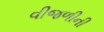
વીજળીની